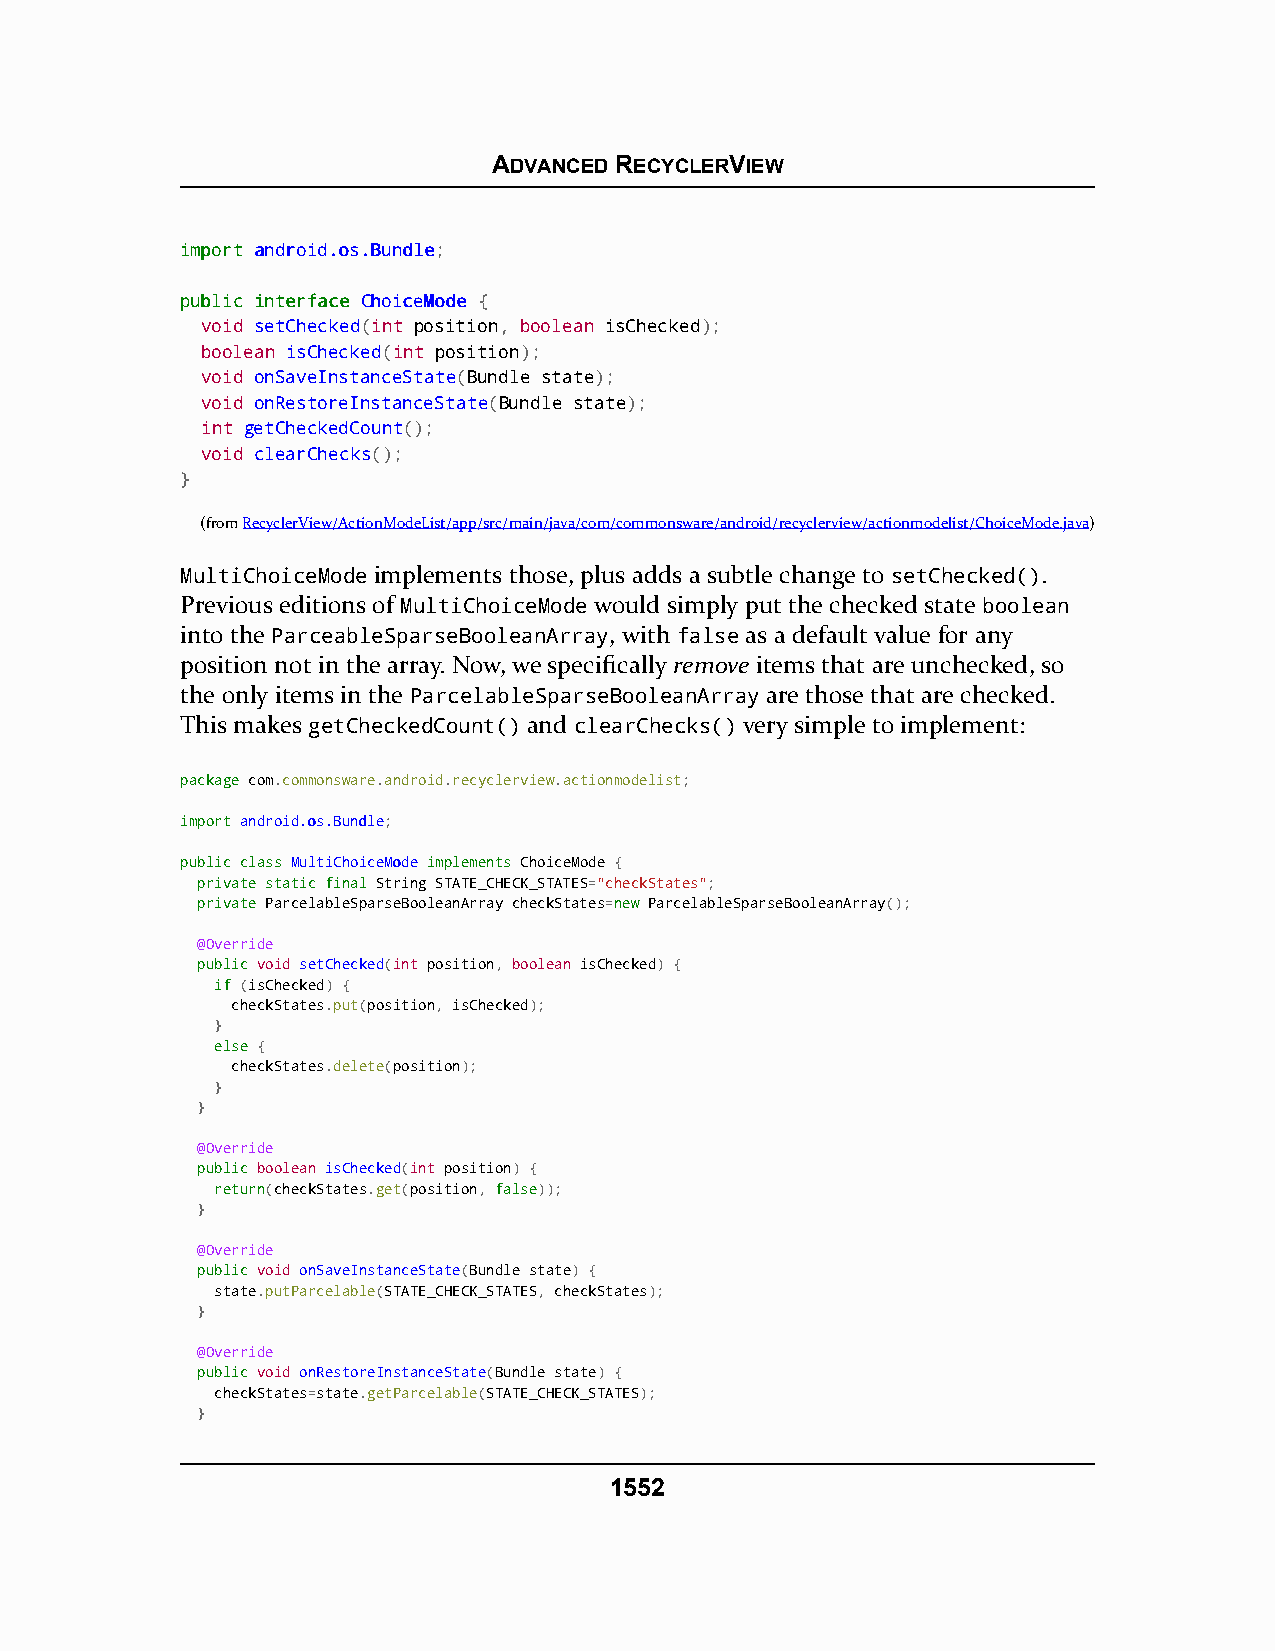
ADVANCED RECYCLERVIEW
 iimmppoorrtt aannddrrooiidd..ooss..BBuunnddllee;
 ppuubblliicc iinntteerrffaaccee CChhooiicceeMMooddee {
 void setChecked(int position, boolean isChecked);
 boolean isChecked(int position);
 void onSaveInstanceState(Bundle state);
 void onRestoreInstanceState(Bundle state);
 int getCheckedCount();
 void clearChecks();
 }
 (fromRecyclerView/ActionModeList/app/src/main/java/com/commonsware/android/recyclerview/actionmodelist/ChoiceMode.java)
 MultiChoiceMode implements those, plus adds a subtle change to setChecked().
 Previous editions of MultiChoiceMode would simply put the checked state boolean
 into the ParceableSparseBooleanArray, with false as a default value for any
 position not in the array. Now, we specifically remove items that are unchecked, so
 the only items in the ParcelableSparseBooleanArray are those that are checked.
 This makes getCheckedCount() and clearChecks() very simple to implement:
 ppaacckkaaggee com.commonsware.android.recyclerview.actionmodelist;
 iimmppoorrtt aannddrrooiidd..ooss..BBuunnddllee;
 ppuubblliicc ccllaassss MMuullttiiCChhooiicceeMMooddee iimmpplleemmeennttss ChoiceMode {
 pprriivvaattee ssttaattiicc ffiinnaall String STATE_CHECK_STATES="checkStates";
 pprriivvaattee ParcelableSparseBooleanArray checkStates=nneeww ParcelableSparseBooleanArray();
 @Override
 ppuubblliicc void setChecked(int position, boolean isChecked) {
 iiff (isChecked) {
 checkStates.put(position, isChecked);
 }
 eellssee {
 checkStates.delete(position);
 }
 }
 @Override
 ppuubblliicc boolean isChecked(int position) {
 rreettuurrnn(checkStates.get(position, ffaallssee));
 }
 @Override
 ppuubblliicc void onSaveInstanceState(Bundle state) {
 state.putParcelable(STATE_CHECK_STATES, checkStates);
 }
 @Override
 ppuubblliicc void onRestoreInstanceState(Bundle state) {
 checkStates=state.getParcelable(STATE_CHECK_STATES);
 }
 1552